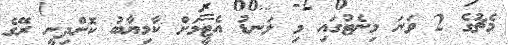
މެޗުގެ 2 ވަނަ މިނެޓުގައި މި ލަނޑު އެޓީމަށް ކާމިޔާބު ކޮށްދިނީ ރޭގެ